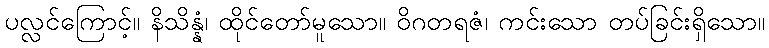
ပလ္လင်ကြောင့်။ နိသိန္နံ၊ ထိုင်တော်မူသော။ ဝိဂတရဇံ၊ ကင်းသော တပ်ခြင်းရှိသော။